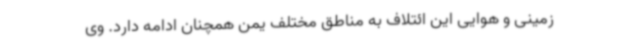
زمینی و هوایی این ائتلاف به مناطق مختلف یمن همچنان ادامه دارد. وی